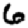
Digit: 6